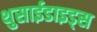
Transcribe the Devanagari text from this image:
थुसाईडाइड्स